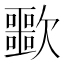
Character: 𣤲